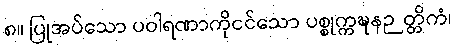
၈။ ပြုအပ်သော ပဝါရဏာကိုငင်သော ပစ္စုက္ကဍ္ဎနဉတ္တိကံ၊